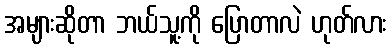
အများဆိုတာ ဘယ်သူ့ကို ပြောတာလဲ ဟုတ်လား